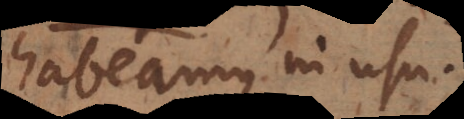
habeamus in usu.